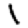
Digit: 1